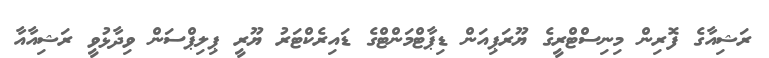
ރަޝިއާގެ ފޮރިން މިނިސްޓްރީގެ ޔޫރަޕިއަން ޑިޕާޓްމަންޓްގެ ޑައިރެކްޓަރު ޔޫރީ ޕިލިޕްސަން ވިދާޅުވީ ރަޝިއާއާ